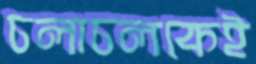
চলাচলকেই